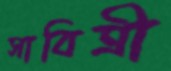
সাবিত্রী